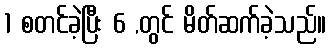
1 စတင်ခဲ့ပြီး 6 ,တွင် မိတ်ဆက်ခဲ့သည်။